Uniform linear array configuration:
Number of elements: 48
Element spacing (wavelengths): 0.25
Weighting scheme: blackman
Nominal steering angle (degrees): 0
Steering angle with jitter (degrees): -0.8446
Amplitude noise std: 0.05
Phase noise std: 0.05

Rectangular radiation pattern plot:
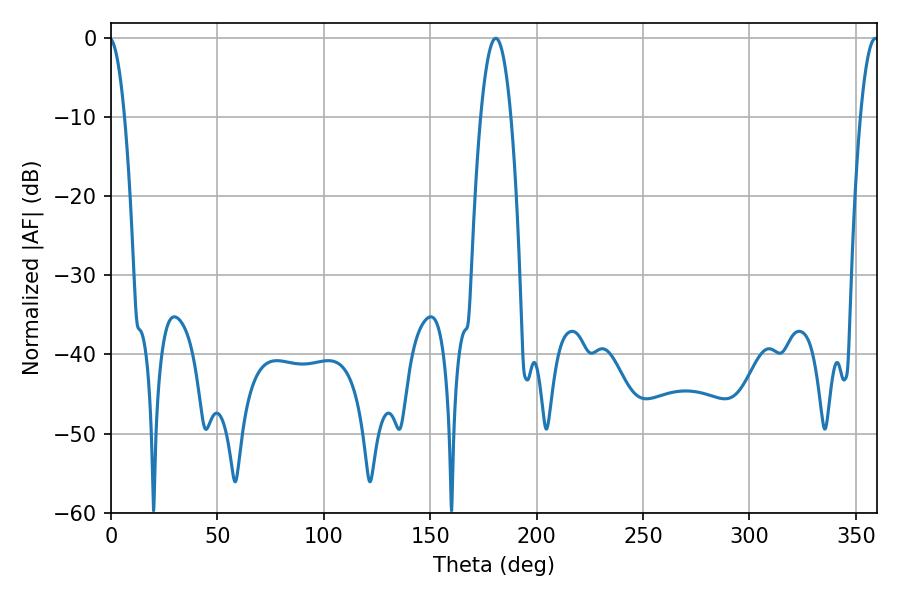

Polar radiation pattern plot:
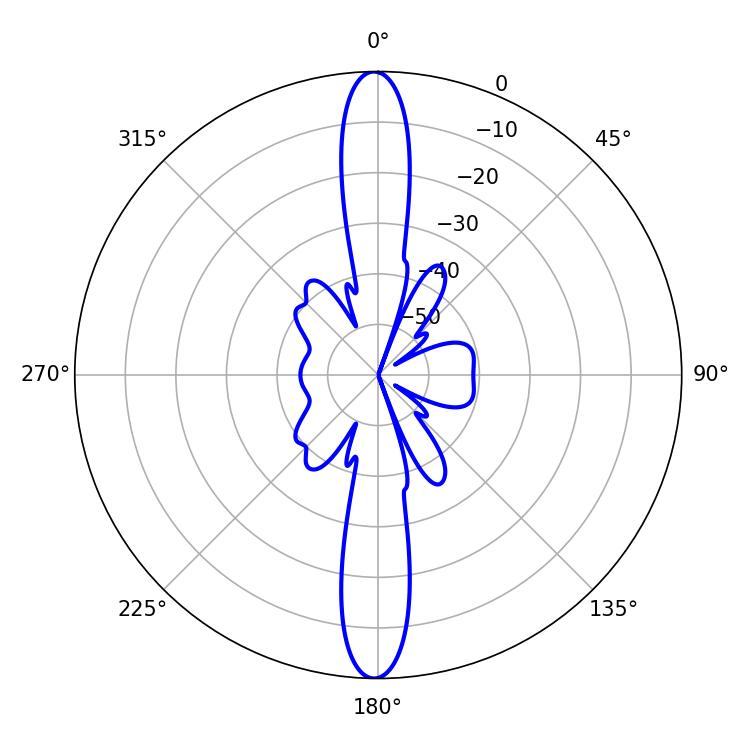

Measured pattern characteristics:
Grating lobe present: FALSE
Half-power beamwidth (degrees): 7.74
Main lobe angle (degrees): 180.72